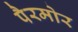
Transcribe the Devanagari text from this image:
पैरमोर